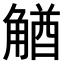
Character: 𧤕